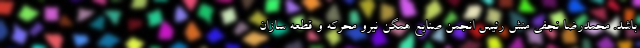
باشد. محمدرضا نجفی منش رئیس انجمن صنایع همگن نیرو محرکه و قطعه سازان